Report on vaccination in Madras 1922-1929 - 1922-1929
Year: 1922
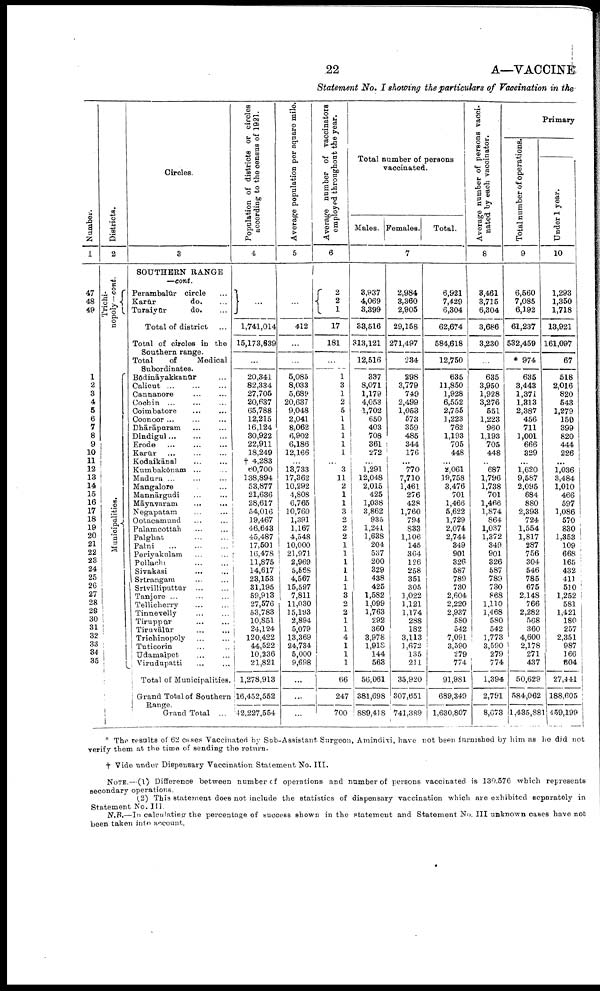
22
A—VACCINE
Statemen No. I showing the particulars of Vaccination in the
Number.
1
47
48
49
1
2
3
4
5
6
7
8
9
10
11
12
13
14
16
16
17
18
19
20
21
22
23
24
25
26
27
28
28
30
31
32
33
34
35
Districts.
2
Trichi¬
nopoly—cont.
Municipalities.
Circles.
3
SOUTHERN RANGE
—cont.
Perambalūr circle ...
Karūr
do. ...
Turaiyūr
do. ...
Total of district ...
Total of circles in the
Southern range.
Total
of
Medical
Subordinates.
Bōdināyakkanūr ...
Calicut ... ... ...
Cannanore ... ...
Cochin ... ... ...
Coimbatore ... ...
Coonoor ... ... ...
Dhārāpuram ... ...
Dindigul
...
...
...
Erode
...
...
...
Karūr ... ... ...
Kodaikānal ... ...
Kumbakōnam ... ...
Madura ... ... ...
Mangalore ...
Mannārgudi ... ...
Māyavaram ... ...
Negapatam
...
...
Ootacamund
...
...
Palamcottah
...
...
Palgbat ... ...
Palni ... ... ...
Periyakulam ... ...
Pollachi
...
...
Sivakasi ... ...
Srīrangara
...
...
Srīvilliputtūr ... ...
Tanjore
...
...
...
Tellicherry ... ...
Tinnevelly
...
...
Tiruppūr ... ...
Tiruvālūr ... ...
Trichinopoly ... ...
Tuticorin ... ...
Udamaipet ... ...
Virudupatti ... ...
Total of Municipalities.
Grand Total of Southern
Range.
Grand Total ...
Population of districts or circles
according to the census of 1921.
4
...
1,741,014
15,173,639
...
20,341
82,334
27,706
20,637
65,788
12,215
16,124
30,922
22,911
18,249
† 4,283
60,700
138,894
53,877
21,636
28,617
54,016
19,467
46,643
45,487
17,501
16,478
11,875
14,617
23,153
31,195
59,913
27,576
53,783
10,851
24,124
120,422
44,522
10,236
21,821
1,278,913
16,452,552
42,227,554
Average population per square mile.
5
...
412
...
5,085
8,033
5,689
20,637
9,048
2,041
8,062
6,902
6,186
12,166
...
13,733
17,362
10,292
4,808
6,765
10,760
1,391
1,167
4,548
10,000
21,971
2,969
5,568
4,567
15,597
7,811
11,030
15,193
2,894
5,079
13,369
24,734
5,000
9,698
...
...
...
Average number of vaccinators
employed throughout the year.
6
2
2
1
17
181
...
1
3
1
2
5
1
1
1
1
1
...
3
11
2 1
1
3
2
2
2
1
1
1
1
1
1
3
2
2
1
1
4
1
1
1
66
247
700
Total number of persons
vaccinated.
Males. Females.
Total.
7
3,937
4,069
3,399
38,516
313,121
12,516
337
8,071
1,179
4,053
1,702
650
403
708
361
272
...
1,291
12,048
2,015
425
1,038
3,862
935
1,241
1,638
204
537
200
329
438
425
1,582
1,099
1,763
292
360
3,978
1,918
144
563
56,061
381,698
889,418
2,984
3,360
2,905
29,158
271,497
234
298
3,779
749
2,499
1,053
573
359
485
344
176
...
770
7,710
1,461
276
428
1,760
794
833
1,106
145
364
126
258
351
305
1,022
1,121
1,174
288
182
3,113
1,672
135
211
35,920
307,651
741,389
6,921
7,429
6,304
62,674
584,618
12,750
635
11,850
1,928
6,552
2,755
1,223
762
1,193
705
448
...
2,061
19,758
3,476
701
1,466
5,622
1,729
2,074
2,744
349
901
326
587
789
730
2,604
2,220
2,937
580
542
7,091
3,590
279
774
91,981
689,349
1,630,807
Average number of persons vacci
nated by each vaccinator.
8
3,461
3,715
6,304
3,686
3,230
...
635
3,950
1,928
3,276
551
1,223
960
1,193
705
448
...
687
1,796
1,738
701
1,466
1,874
864
1,037
1,372
349
901
326
587
789
730
868
1,110
1,468
580
542
1,773
3,590
279
774
1,394
2,791
8,673
Primary
Total number of operations.
9
6,560
7,085
6,192
61,237
532,459
* 974
635
3,443
1,371
1,313
2,387
456
711
1,001
666
329
...
1,620
9,587
2,095
684
880
2,393
724
1,554
1,817
287
756
304
546
785
675
2,148
766
2,282
568
360
4,600
2,178
271
437
50,629
684,062
1,435,881
Under 1 year.
10
1,293
1,350
1,718
13,921
161,097
67
518
2,016
820
543
1,279
150
399
820
444
226
...
1,036
3,484
1,010
466
597
1,086
570
830
1,353
109
668
165
432
411
510
1,252
581
1,421
180
257
2,351
987
166
504
27,441
188,605
459,199
* The results of 62 cases Vaccinated by Sub-Assistant Surgeon, Amindivi, have not been furnished by him as he did not
verify them at the time of sending the return.
† Vide under Dispensary Vaccination Statement No. III.
NOTE.—(1) Difference between number of operations and number of persons vaccinated is 130,576 which represents
secondary operations.
(2) This statement does not include the statistics of dispensary vaccination which are exhibited separately in
Statement No. III.
N.B.—In calculating the percentage of success shown in the statement and Statement No. III unknown cases have not
been taken into account.